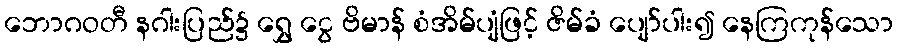
ဘောဂဝတီ နဂါးပြည်၌ ရွှေ ငွေ ဗိမာန် စံအိမ်ပျံဖြင့် ဇိမ်ခံ ပျော်ပါး၍ နေကြကုန်သော